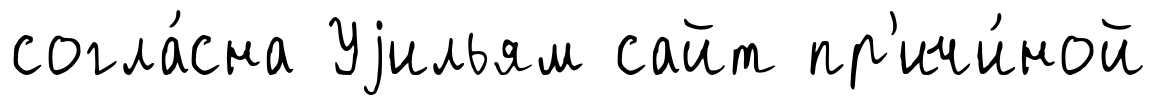
согла́сна Уjильям сайт пр'ичи́ной